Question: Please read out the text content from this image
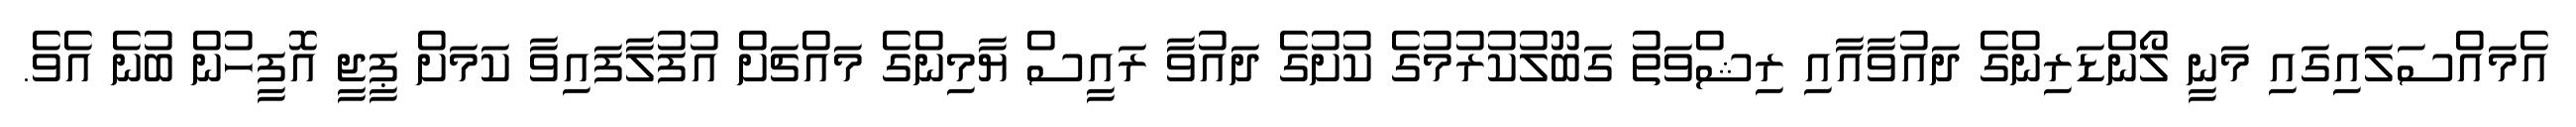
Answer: އެމައްސަލައިގައި މަނީ ލޯންޑަރިންގެ ދައުވާއާއި ރިޝްވަތު ގަބޫލުކުރުމުގެ ކުށުގެ ދައުވާ ރައީސް ޔާމިންގެ މައްޗަށް އުފުލާފައިވާ ކަމަށް ޕީޖީ އޮފީހުން ބުނެ އެވެ.